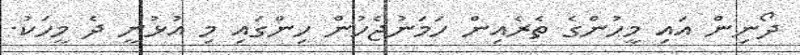
ދޯނިން އައި މީހުންގެ ތެރެއިން ހަމަނުޖެހުން ހިންގައި މި އުޅުނީ ދެ މީހަކު.